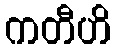
ကတီဟိ